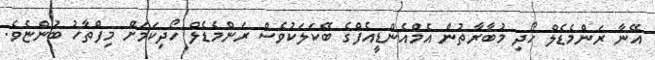
އޭނާ ރަންމެޑެލް ހޯދި މުބާރާތުން އެމްއެންޑީއެފްގެ ބޭކަލަކުވެސް ރަންމެޑެލް ހޯދިކަމަށް މިފްތާހު ބުންޏެވެ.